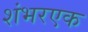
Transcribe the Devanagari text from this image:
शंभरएक